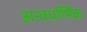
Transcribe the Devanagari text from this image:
अन्तर्धार्मिक